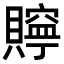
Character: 𧸎